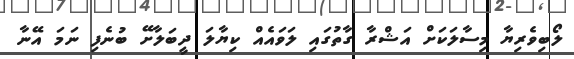
ލޯބިވެރިޔާ މިސާލަކަށް އަޝްރާ ގާތުގައި ލަވައެއް ކިޔާލަ ދީބަލާށޭ ބުނެފި ނަމަ އޭނާ